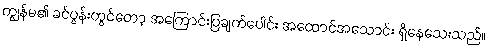
ကျွန်မ၏ ခင်ပွန်းတွင်တော့ အကြောင်းပြချက်ပေါင်း အထောင်အသောင်း ရှိနေသေးသည်။